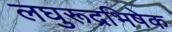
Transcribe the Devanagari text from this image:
लघुरूद्रभिषेक